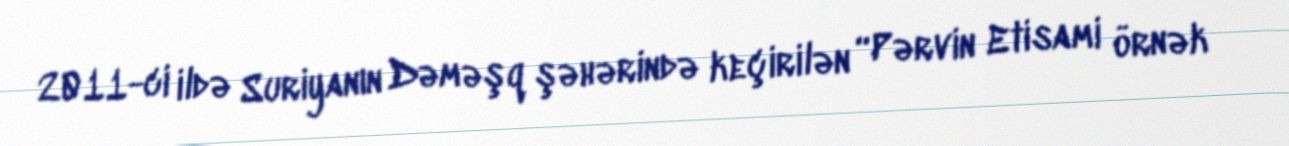
2011-ci ildə Suriyanın Dəməşq şəhərində keçirilən “Pərvin Etisami örnək